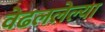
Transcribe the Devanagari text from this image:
वेढललेल्या